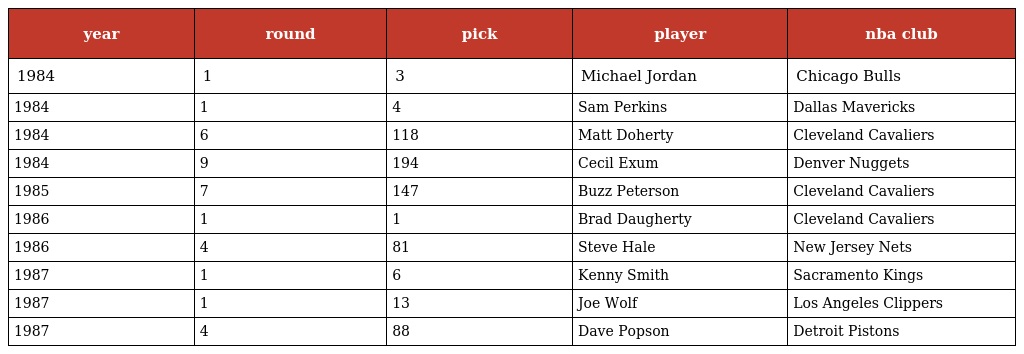
| year | round | pick | player | nba club |
 | --- | --- | --- | --- | --- |
 | 1984 | 1 | 3 | Michael Jordan | Chicago Bulls |
 | 1984 | 1 | 4 | Sam Perkins | Dallas Mavericks |
 | 1984 | 6 | 118 | Matt Doherty | Cleveland Cavaliers |
 | 1984 | 9 | 194 | Cecil Exum | Denver Nuggets |
 | 1985 | 7 | 147 | Buzz Peterson | Cleveland Cavaliers |
 | 1986 | 1 | 1 | Brad Daugherty | Cleveland Cavaliers |
 | 1986 | 4 | 81 | Steve Hale | New Jersey Nets |
 | 1987 | 1 | 6 | Kenny Smith | Sacramento Kings |
 | 1987 | 1 | 13 | Joe Wolf | Los Angeles Clippers |
 | 1987 | 4 | 88 | Dave Popson | Detroit Pistons |